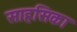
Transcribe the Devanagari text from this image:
साहसिका